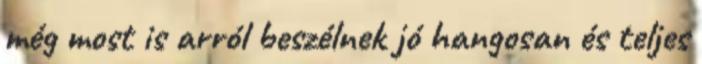
még most is arról beszélnek jó hangosan és teljes